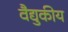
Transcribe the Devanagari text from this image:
वैद्युकीय